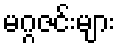
မဂ္ဂဇင်းများ